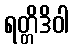
ရတ္တိဒိဝါ